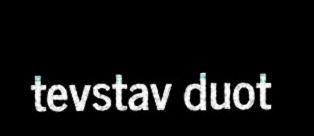
tevstav duot